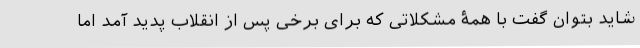
شاید بتوان گفت با همۀ مشکلاتی که برای برخی پس از انقلاب پدید آمد اما